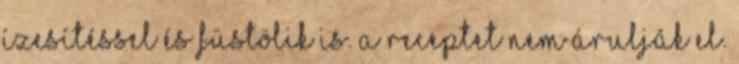
ízesítéssel és füstölik is. A receptet nem árulják el.